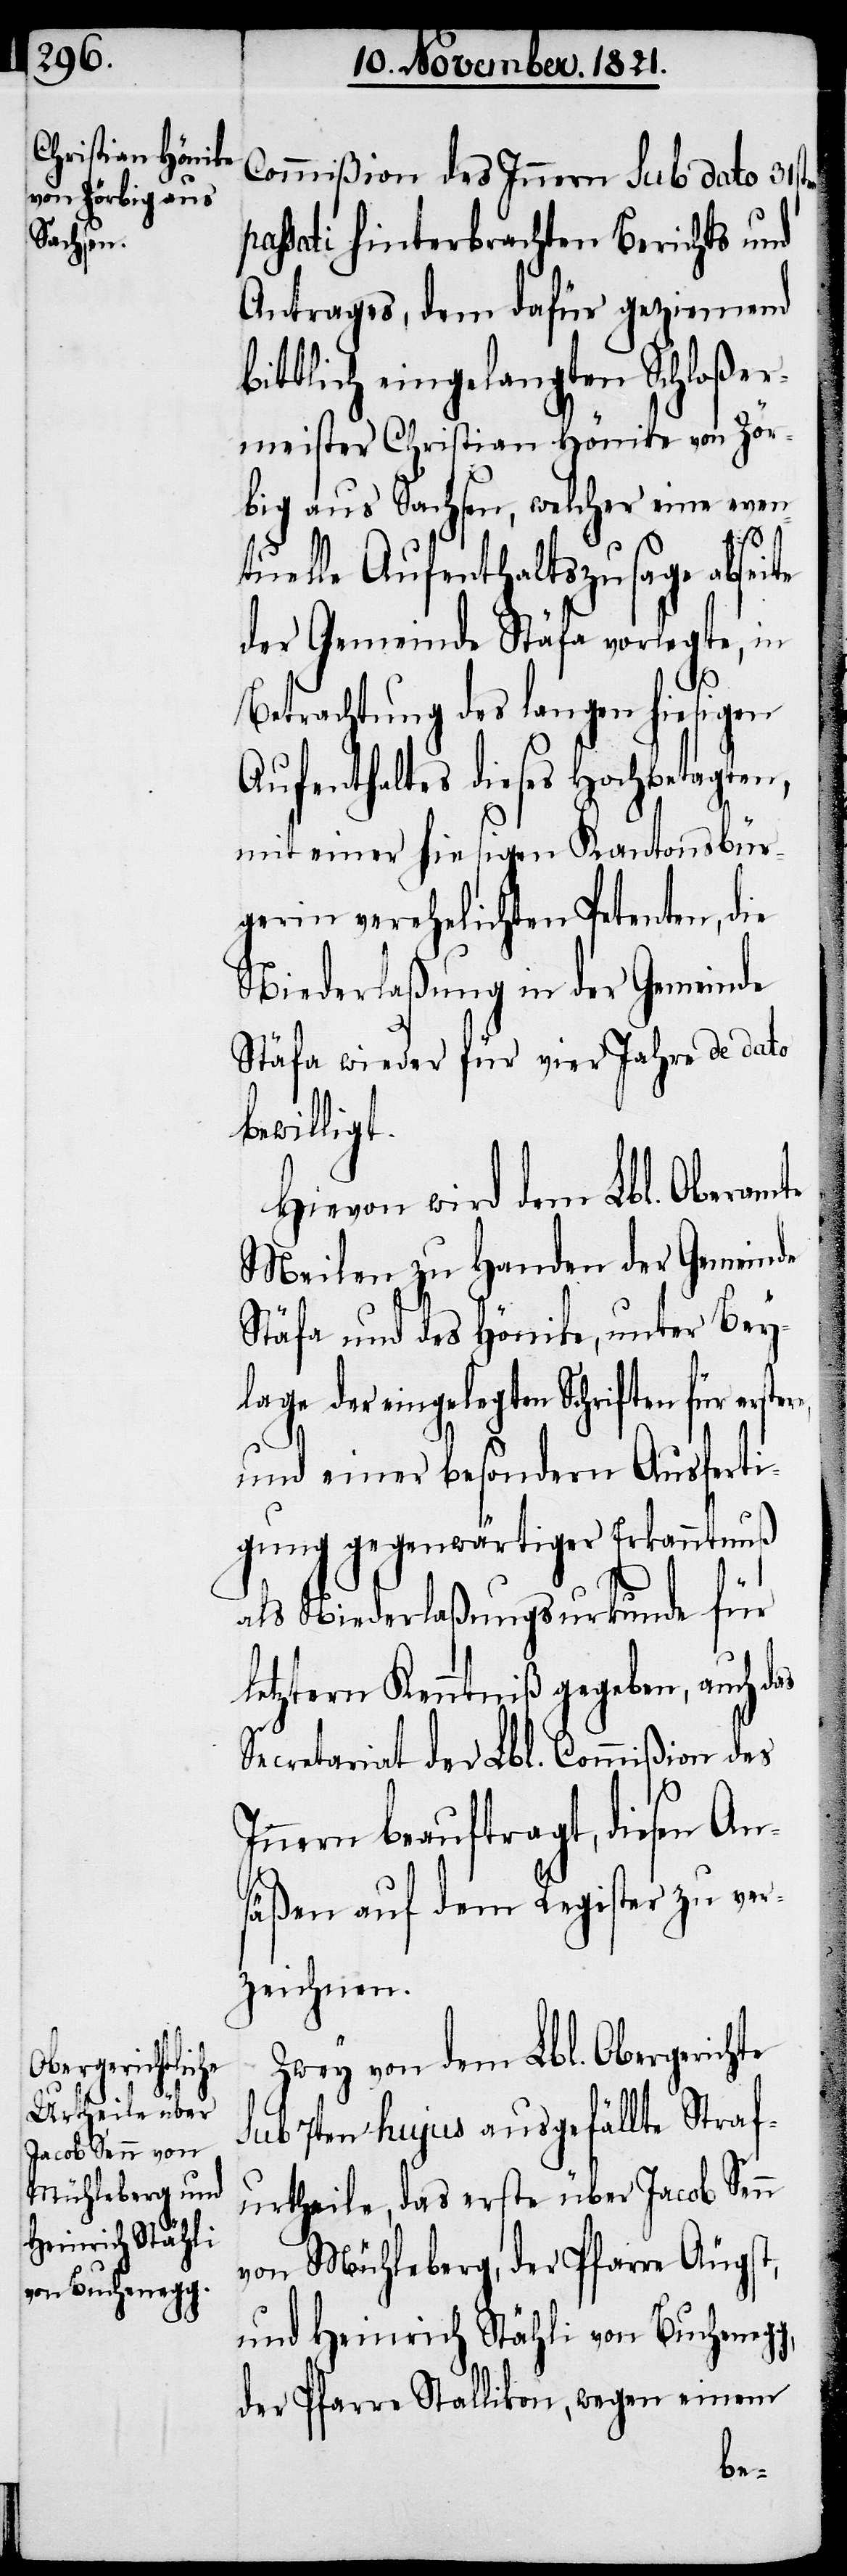
Heinrich Stähli
von Buchenegg,

Commißion des Innern sub dato 31sten
assati hinterbrachten Berichts und
Antrages, dem dafür geziemend
bittlich eingelangten Schloßer¬
meister Christian Hönike von Zör¬
big aus Sachsen, welcher eine even¬
tuelle Aufenthaltszusage abseite
der Gemeinde Stäfa vorlegte, in
Betrachtung des langen
Aufenthalts dieses Hochbetagten,
mit einer hiesigen Kantonsbür¬
gerin verehelichten Petenten, die
Niederlaßung in der Gemeinde
Stäfa wieder für vier Jahre de dato
bewilligt.
Hievon wird dem Lbl. Oberamte
Meilen zu Handen der Gemeinde
Stäfa und des Hönike, unter Bey¬
lage der eingelegten Schriften für erst¬
ere,
und einer besondern Ausferti¬
gung gegenwärtiger Erkanntnuß
als Niederlaßungsurkunde für
letztern Kenntniß gegeben, auch
Secretariat der Lbl. Commißion des
Innern beauftragt, diesen An¬
säßen auf dem Register zu ver¬
zeichnen.
Zwey von dem Lbl. Obergerichte
sub 7ten hujus ausgefällte Straf¬
urtheile, das erste über Jacob Senn
von Mühleberg, der Pfarre Äugst,
der Pfarre Stallikon, wegen einem